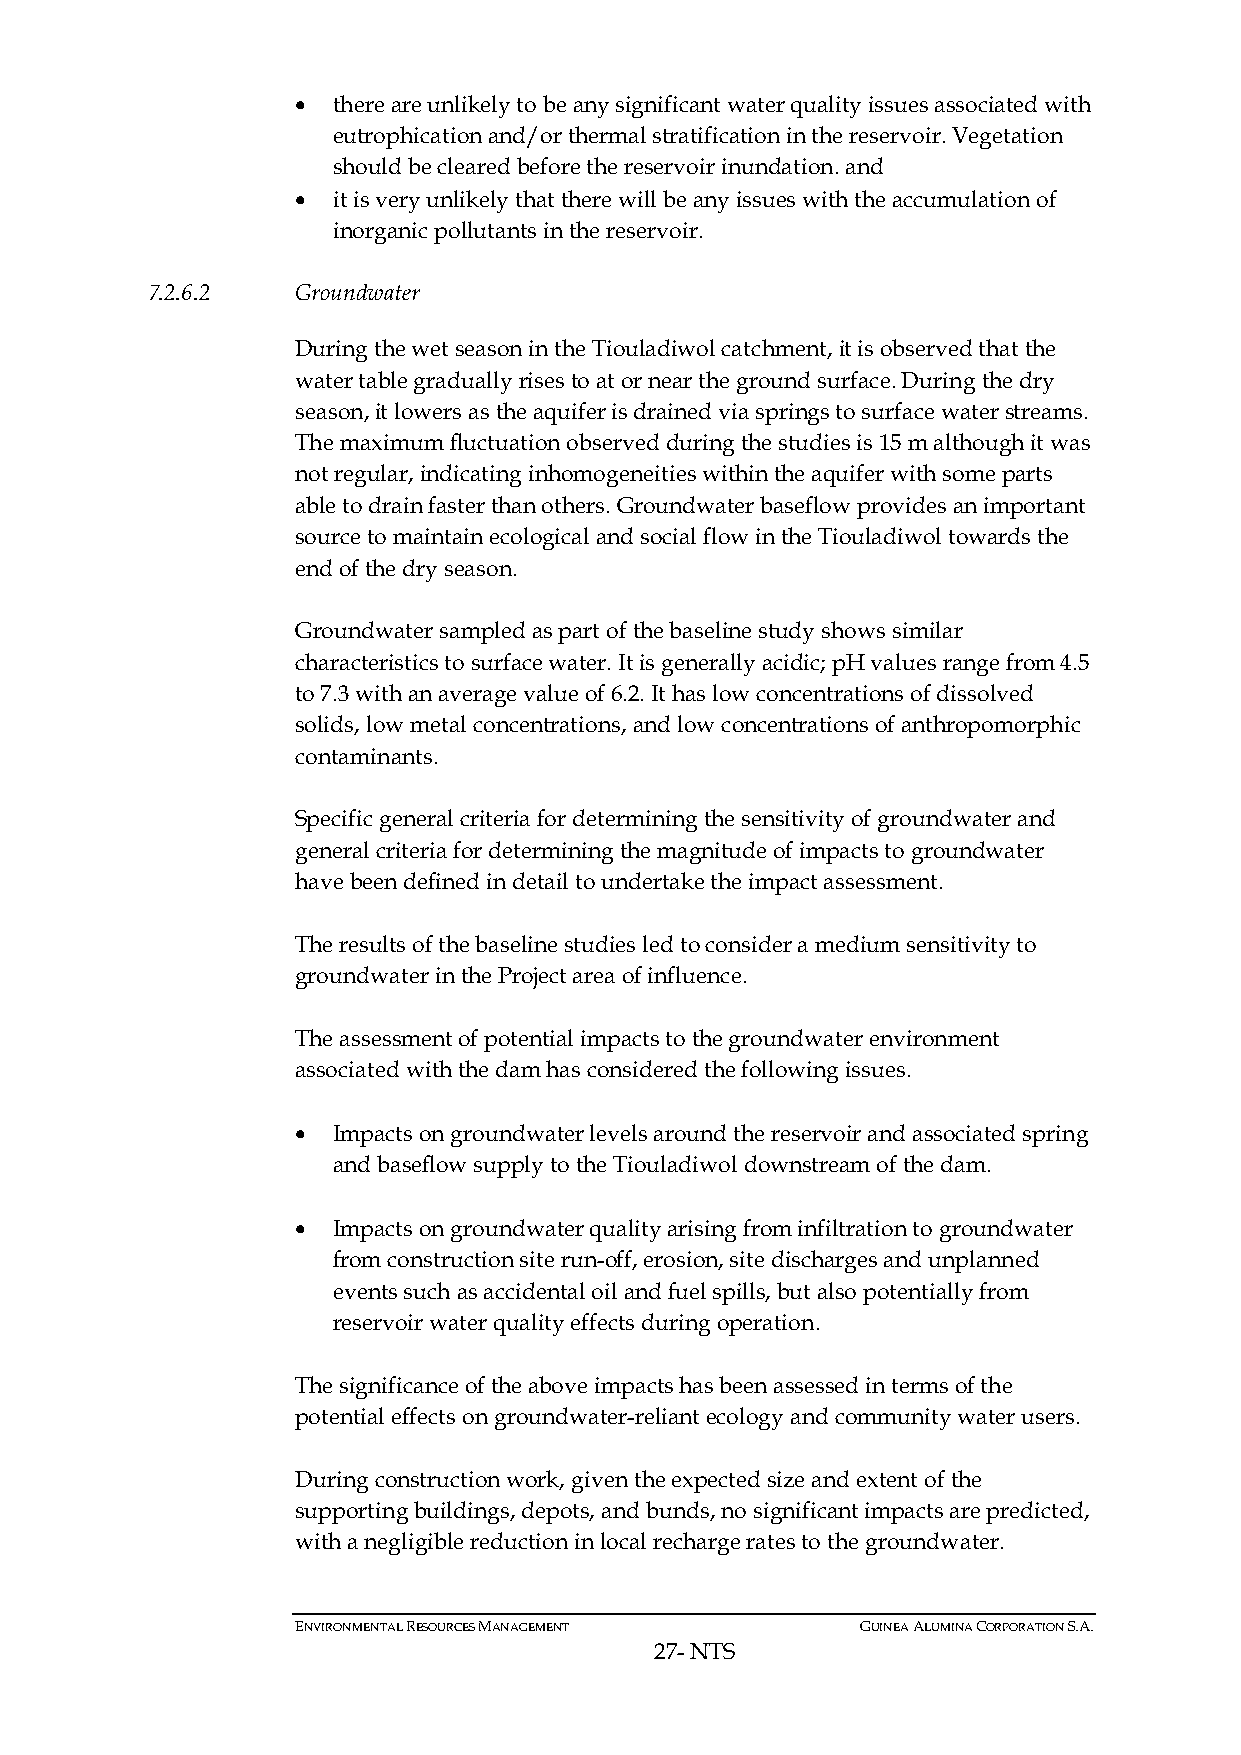
• there are unlikely to be any significant water quality issues associated with
 eutrophication and/or thermal stratification in the reservoir. Vegetation
 should be cleared before the reservoir inundation. and
 • it is very unlikely that there will be any issues with the accumulation of
 inorganic pollutants in the reservoir.
 7.2.6.2   Groundwater
 During the wet season in the Tiouladiwol catchment, it is observed that the
 water table gradually rises to at or near the ground surface. During the dry
 season, it lowers as the aquifer is drained via springs to surface water streams.
 The maximum fluctuation observed during the studies is 15 m although it was
 not regular, indicating inhomogeneities within the aquifer with some parts
 able to drain faster than others. Groundwater baseflow provides an important
 source to maintain ecological and social flow in the Tiouladiwol towards the
 end of the dry season.
 Groundwater sampled as part of the baseline study shows similar
 characteristics to surface water. It is generally acidic; pH values range from 4.5
 to 7.3 with an average value of 6.2. It has low concentrations of dissolved
 solids, low metal concentrations, and low concentrations of anthropomorphic
 contaminants.
 Specific general criteria for determining the sensitivity of groundwater and
 general criteria for determining the magnitude of impacts to groundwater
 have been defined in detail to undertake the impact assessment.
 The results of the baseline studies led to consider a medium sensitivity to
 groundwater in the Project area of influence.
 The assessment of potential impacts to the groundwater environment
 associated with the dam has considered the following issues.
 • Impacts on groundwater levels around the reservoir and associated spring
 and baseflow supply to the Tiouladiwol downstream of the dam.
 • Impacts on groundwater quality arising from infiltration to groundwater
 from construction site run-off, erosion, site discharges and unplanned
 events such as accidental oil and fuel spills, but also potentially from
 reservoir water quality effects during operation.
 The significance of the above impacts has been assessed in terms of the
 potential effects on groundwater-reliant ecology and community water users.
 During construction work, given the expected size and extent of the
 supporting buildings, depots, and bunds, no significant impacts are predicted,
 with a negligible reduction in local recharge rates to the groundwater.
 ENVIRONMENTAL RESOURCES MANAGEMENT   GUINEA ALUMINA CORPORATION S.A.
 27- NTS